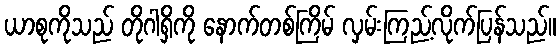
ယာစုကိုသည် တိုဂါရှိကို နောက်တစ်ကြိမ် လှမ်းကြည့်လိုက်ပြန်သည်။